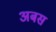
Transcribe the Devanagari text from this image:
अबस